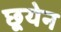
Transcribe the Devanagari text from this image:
छूयेन